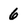
Character: 6